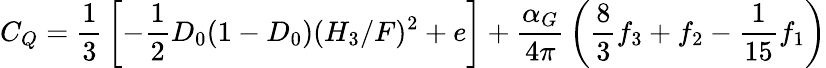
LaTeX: C_{Q}={\frac{1}{3}}\left[-{\frac{1}{2}}D_{0}(1-D_{0})(H_{3}/F)^{2}+e\right]+{\frac{\alpha_{G}}{4\pi}}\left({\frac{8}{3}}f_{3}+f_{2}-{\frac{1}{15}}f_{1}\right)